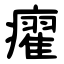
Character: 㿑